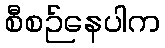
စီစဉ်နေပါက